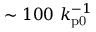
\sim 1 0 0 ~ k _ { \mathrm { p 0 } } ^ { - 1 }